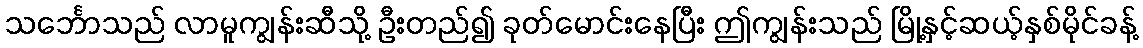
သင်္ဘောသည် လာမူကျွန်းဆီသို့ ဦးတည်၍ ခုတ်မောင်းနေပြီး ဤကျွန်းသည် မြို့နှင့်ဆယ့်နှစ်မိုင်ခန့်